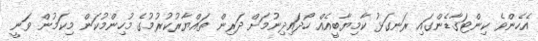
އެހެންވެ ކިންޓަގާޑެންގައި ރަނގަޅު ކާމިޔާބީއެއް ހޯދައިދިނުމަށް ދަރިން ތައްޔާރުކުރުމުގެ މުހިންމުކަން މިކަމުން ވަނީ